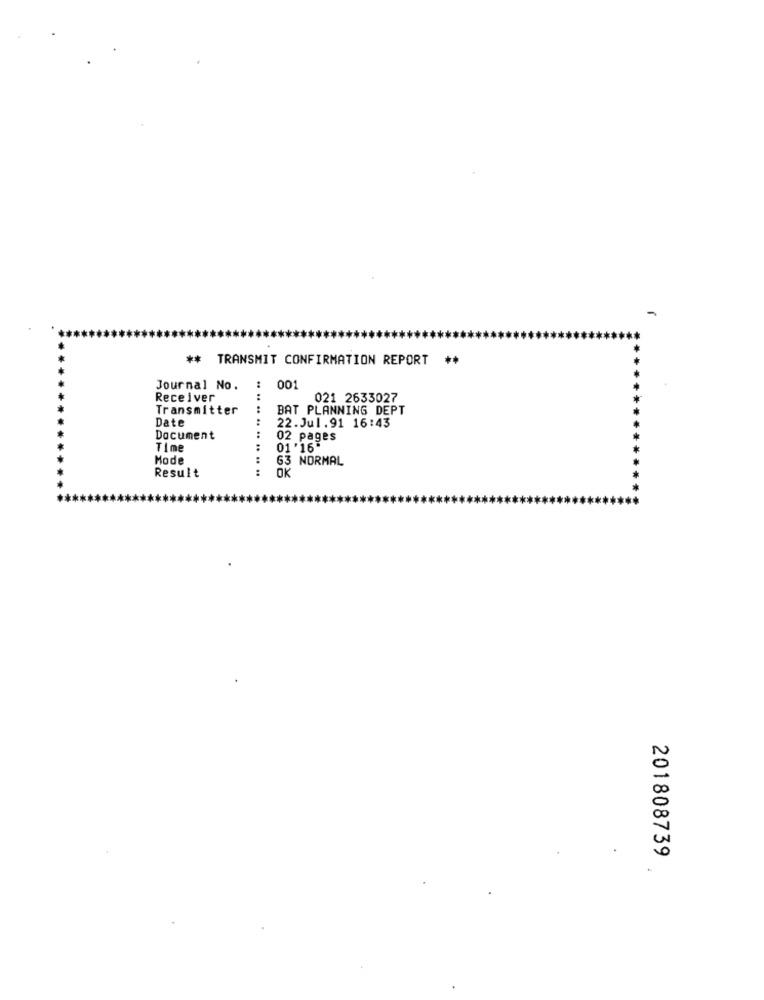
-
** TRANSMIT CONFIRMATION REPORT **
Journal No.
:
001
Receiver
.. ...
021 2633027
Transmitter
BAT PLANNING DEPT
Date
22.Jul.91 16:43
Document
02 pages
Time
01 '16"
Mode
.. ..
63 NORMAL
OK
Result
201808739